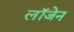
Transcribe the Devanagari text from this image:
लॉजेन